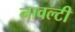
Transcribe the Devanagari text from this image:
नावल्‍टी